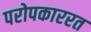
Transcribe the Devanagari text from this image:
परोपकाररत